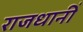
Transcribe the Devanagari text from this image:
राजधानीं